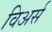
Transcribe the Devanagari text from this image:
विअर्स